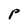
Character: p